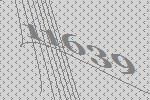
11639